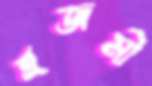
হজমী